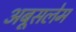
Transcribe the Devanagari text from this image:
अबूसलेम